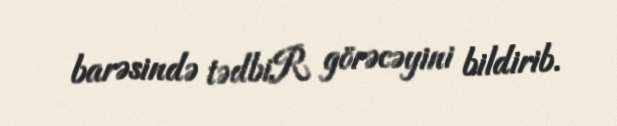
barəsində tədbiR görəcəyini bildirib.